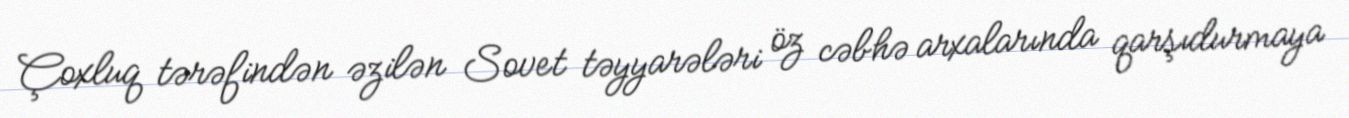
Çoxluq tərəfindən əzilən Sovet təyyarələri öz cəbhə arxalarında qarşıdurmaya